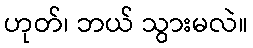
ဟုတ်၊ ဘယ် သွားမလဲ။